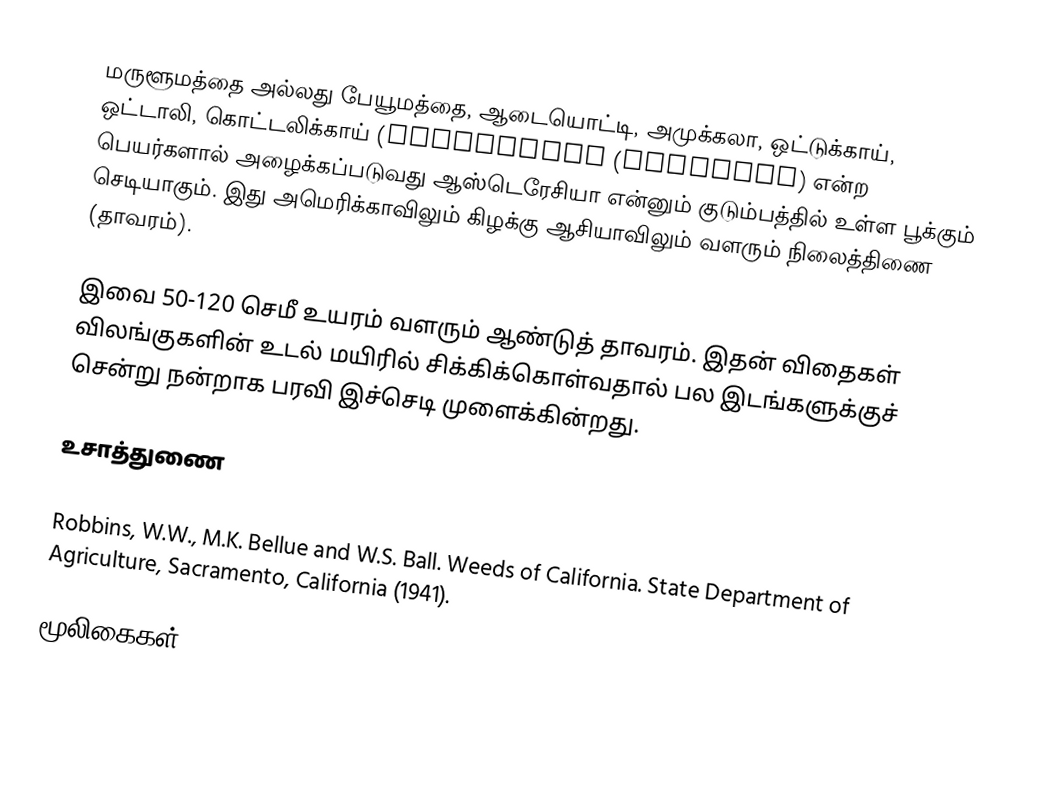
மருளூமத்தை அல்லது பேயூமத்தை, ஆடையொட்டி, அமுக்கலா, ஒட்டுக்காய், ஒட்டாலி, கொட்டலிக்காய் (Cockleburs (Xanthium)  என்ற பெயர்களால் அழைக்கப்படுவது ஆஸ்டெரேசியா என்னும் குடும்பத்தில் உள்ள பூக்கும் செடியாகும். இது அமெரிக்காவிலும் கிழக்கு ஆசியாவிலும் வளரும் நிலைத்திணை (தாவரம்).

இவை 50-120 செமீ உயரம் வளரும் ஆண்டுத் தாவரம். இதன் விதைகள் விலங்குகளின் உடல் மயிரில் சிக்கிக்கொள்வதால் பல இடங்களுக்குச் சென்று நன்றாக பரவி இச்செடி முளைக்கின்றது.

உசாத்துணை

 Robbins, W.W., M.K. Bellue and W.S. Ball. Weeds of California. State Department of Agriculture, Sacramento, California (1941).

மூலிகைகள்